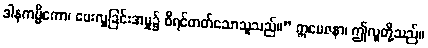
ဒါနကမ္မိကော၊ ပေးလှူခြင်းအမှု၌ စီရင်တတ်သောသူသည်။” ဣမေဇနာ၊ ဤလူတို့သည်။